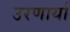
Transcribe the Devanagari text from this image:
उरणार्या